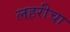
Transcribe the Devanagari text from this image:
लहरीचा